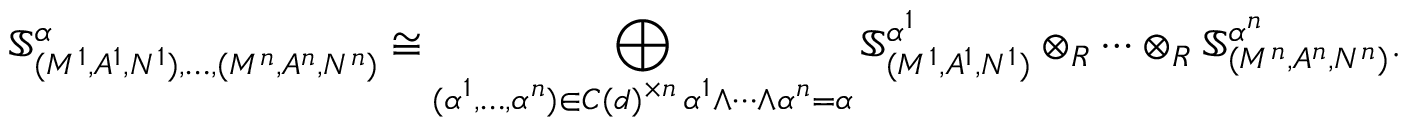
\mathbb { S } _ { ( M ^ { 1 } , A ^ { 1 } , N ^ { 1 } ) , \dots , ( M ^ { n } , A ^ { n } , N ^ { n } ) } ^ { \alpha } \cong \bigoplus _ { \substack { ( \alpha ^ { 1 } , \dots , \alpha ^ { n } ) \in C ( d ) ^ { \times n } \, \alpha ^ { 1 } \wedge \cdots \wedge \alpha ^ { n } = \alpha } } \mathbb { S } _ { ( M ^ { 1 } , A ^ { 1 } , N ^ { 1 } ) } ^ { \alpha ^ { 1 } } \otimes _ { R } \cdots \otimes _ { R } \mathbb { S } _ { ( M ^ { n } , A ^ { n } , N ^ { n } ) } ^ { \alpha ^ { n } } .